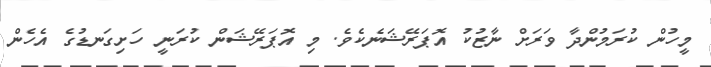
މީހުން ކުރަމުންދާ ވަރަށް ނާޒުކު އޮޕަރޭޝަނެކެވެ. މި އޮޕަރޭޝަން ކުރަނީ ހަށިގަނޑުގެ އެހެން